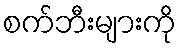
စက်ဘီးများကို